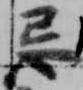
忌